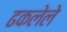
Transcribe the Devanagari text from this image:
ढकलेले